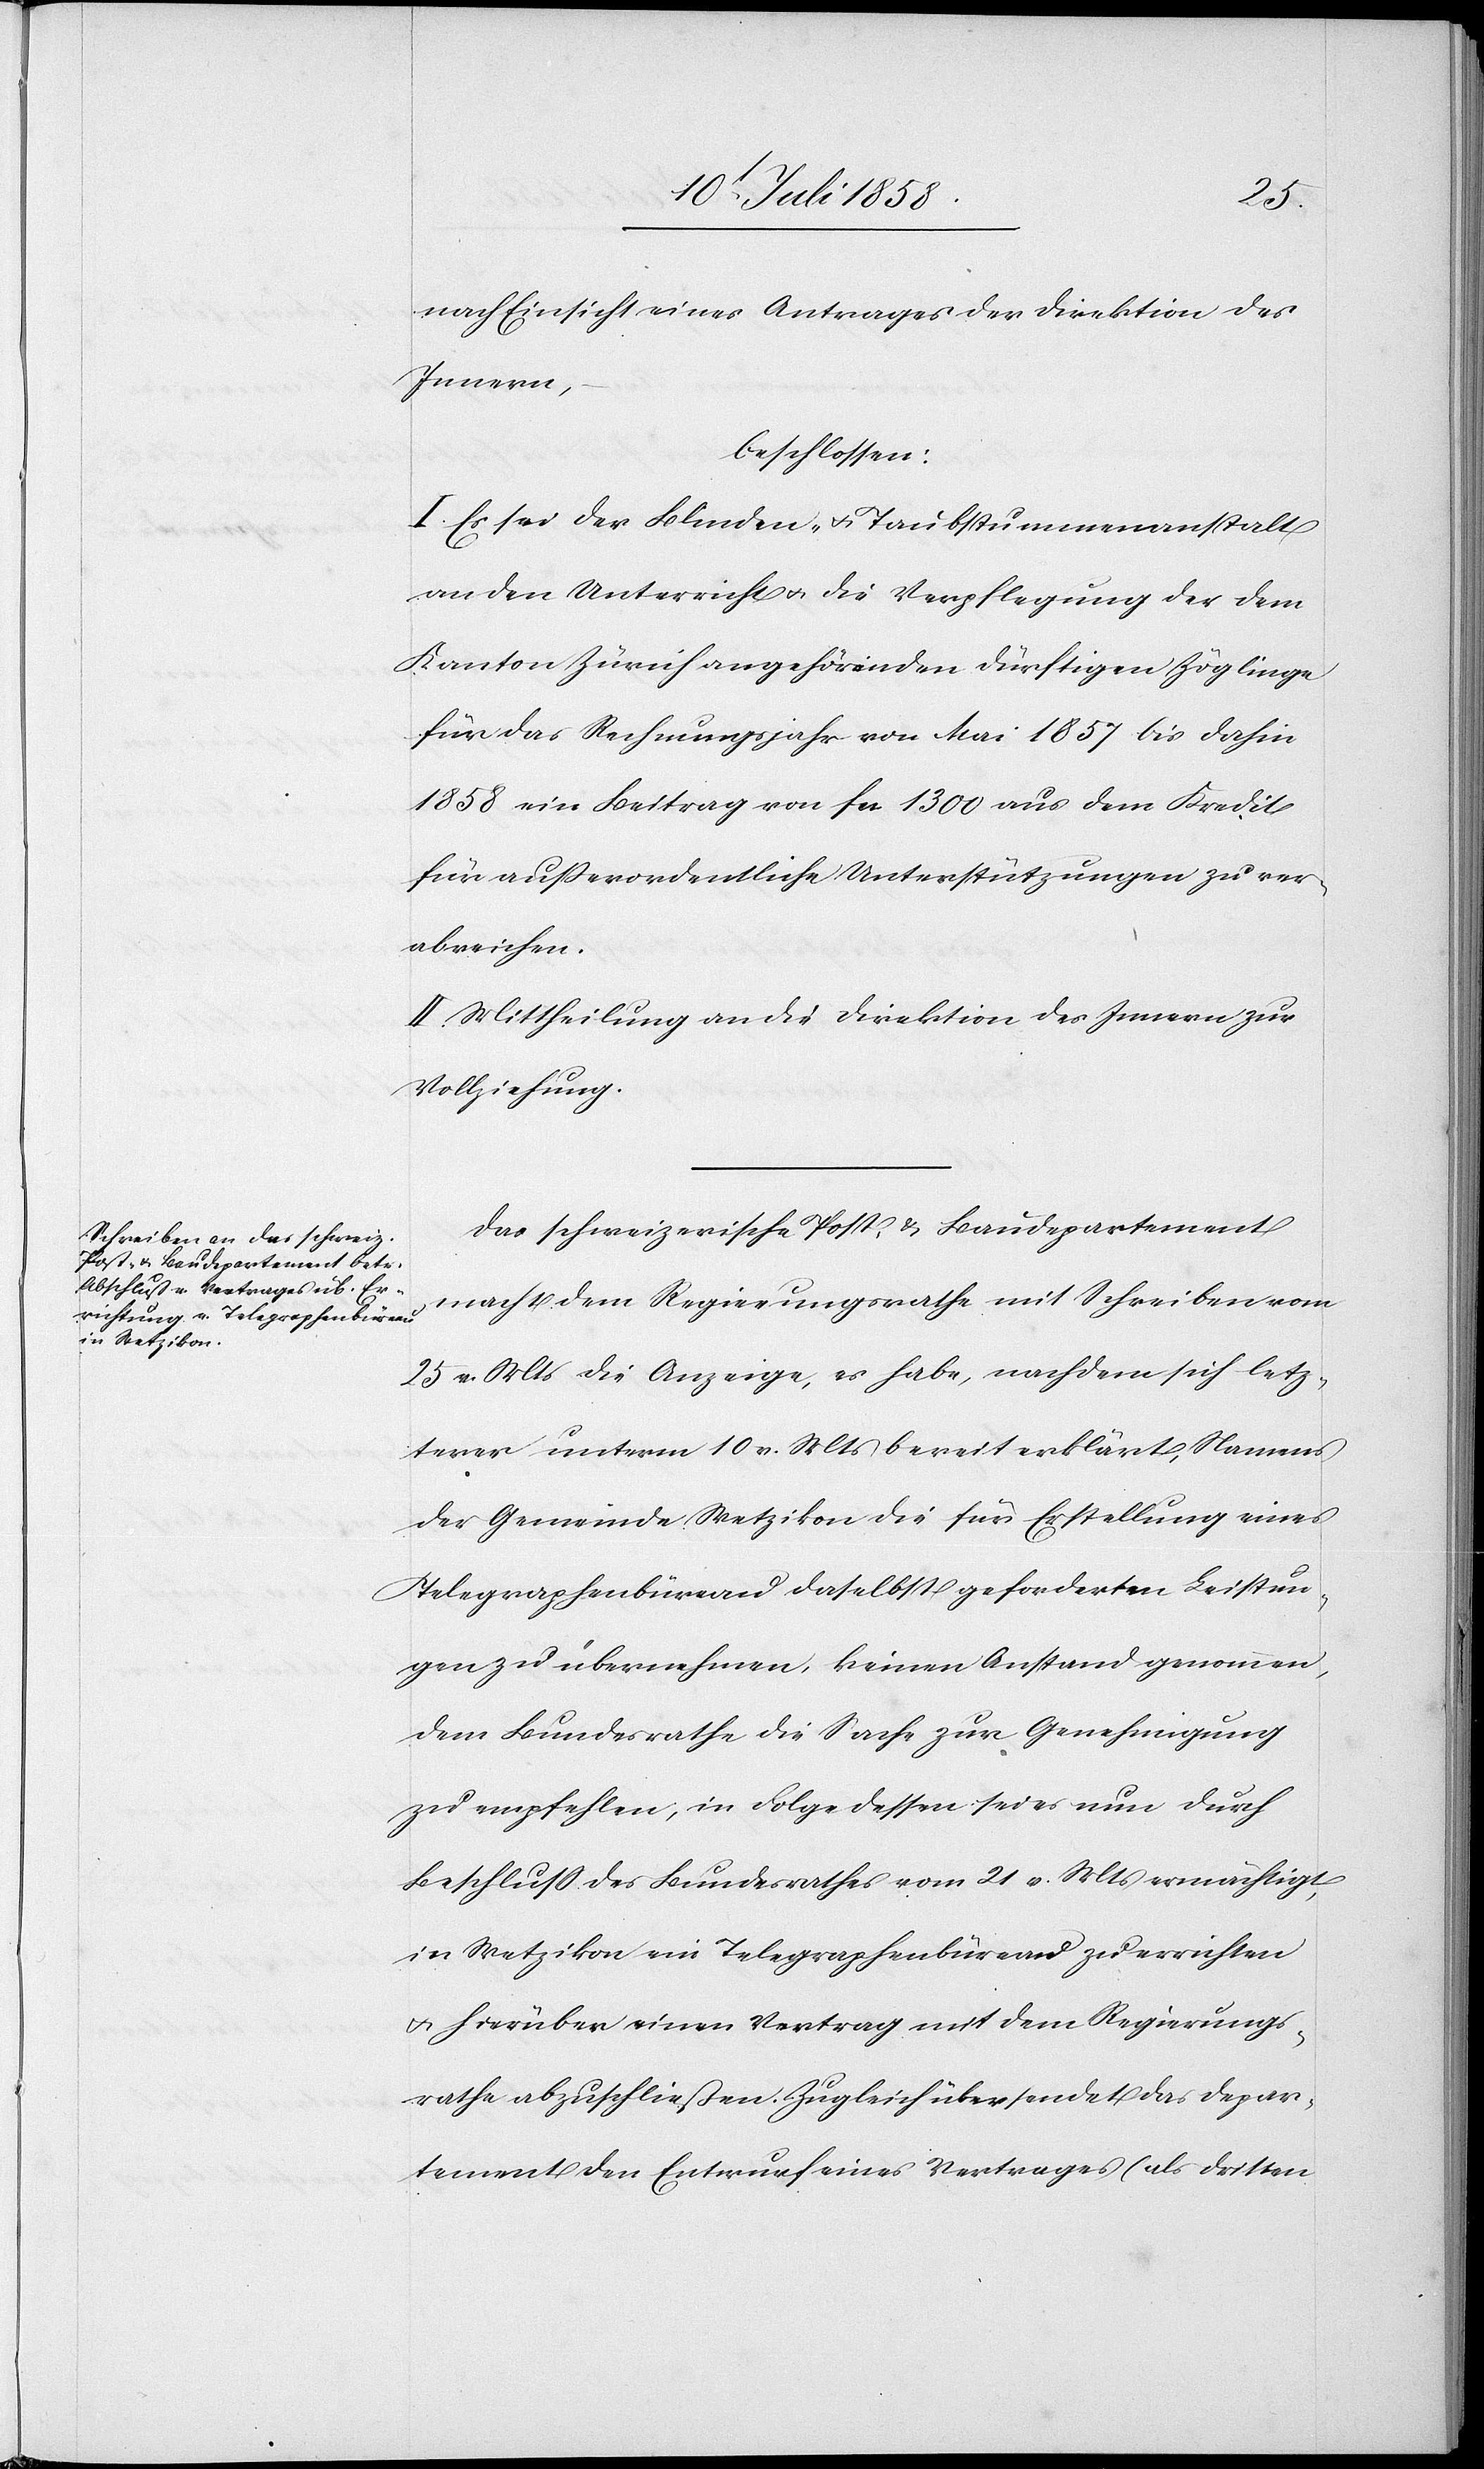
nach Einsicht eines Antrages der Direktion des
Innern,
beschlossen:
I. Es sei der Blinden- & Taubstummenanstalt
an den Unterricht & die Verpflegung der dem
Kanton Zürich angehörenden dürftigen Zöglinge
für das Rechnungsjahr von Mai 1857 bis dahin
1858 ein Beitrag von fcs 1300 aus dem Kredit
für ausserordentliche Unterstützungen zu ver¬
abreichen.
II. Mittheilung an die Direktion des Innern zur
Vollziehung.
Das schweizerische Post- & Baudepartement
macht dem Regierungsrathe mit Schreiben vom
25 v. Mts die Anzeige, es habe, nachdem sich letz¬
terer unterm 10 v. Mts bereit erklärt, Namens
der Gemeinde Wetzikon die für Erstellung eines
Telegraphenbüreau daselbst geforderten Leistun¬
gen zu übernehmen, keinen Anstand genommen,
dem Bundesrathe die Sache zur Genehmigung
zu empfehlen, in Folge dessen sei es nun durch
Beschluss des Bundesrathes vom 21 v. Mts ermächtigt,
in Wetzikon ein Telegraphenbüreau zu errichten
& hierüber einen Vertrag mit dem Regierungs¬
rathe abzuschließen. Zugleich übersendet das Depar¬
tement den Entwurf eines Vertrages (als dritten